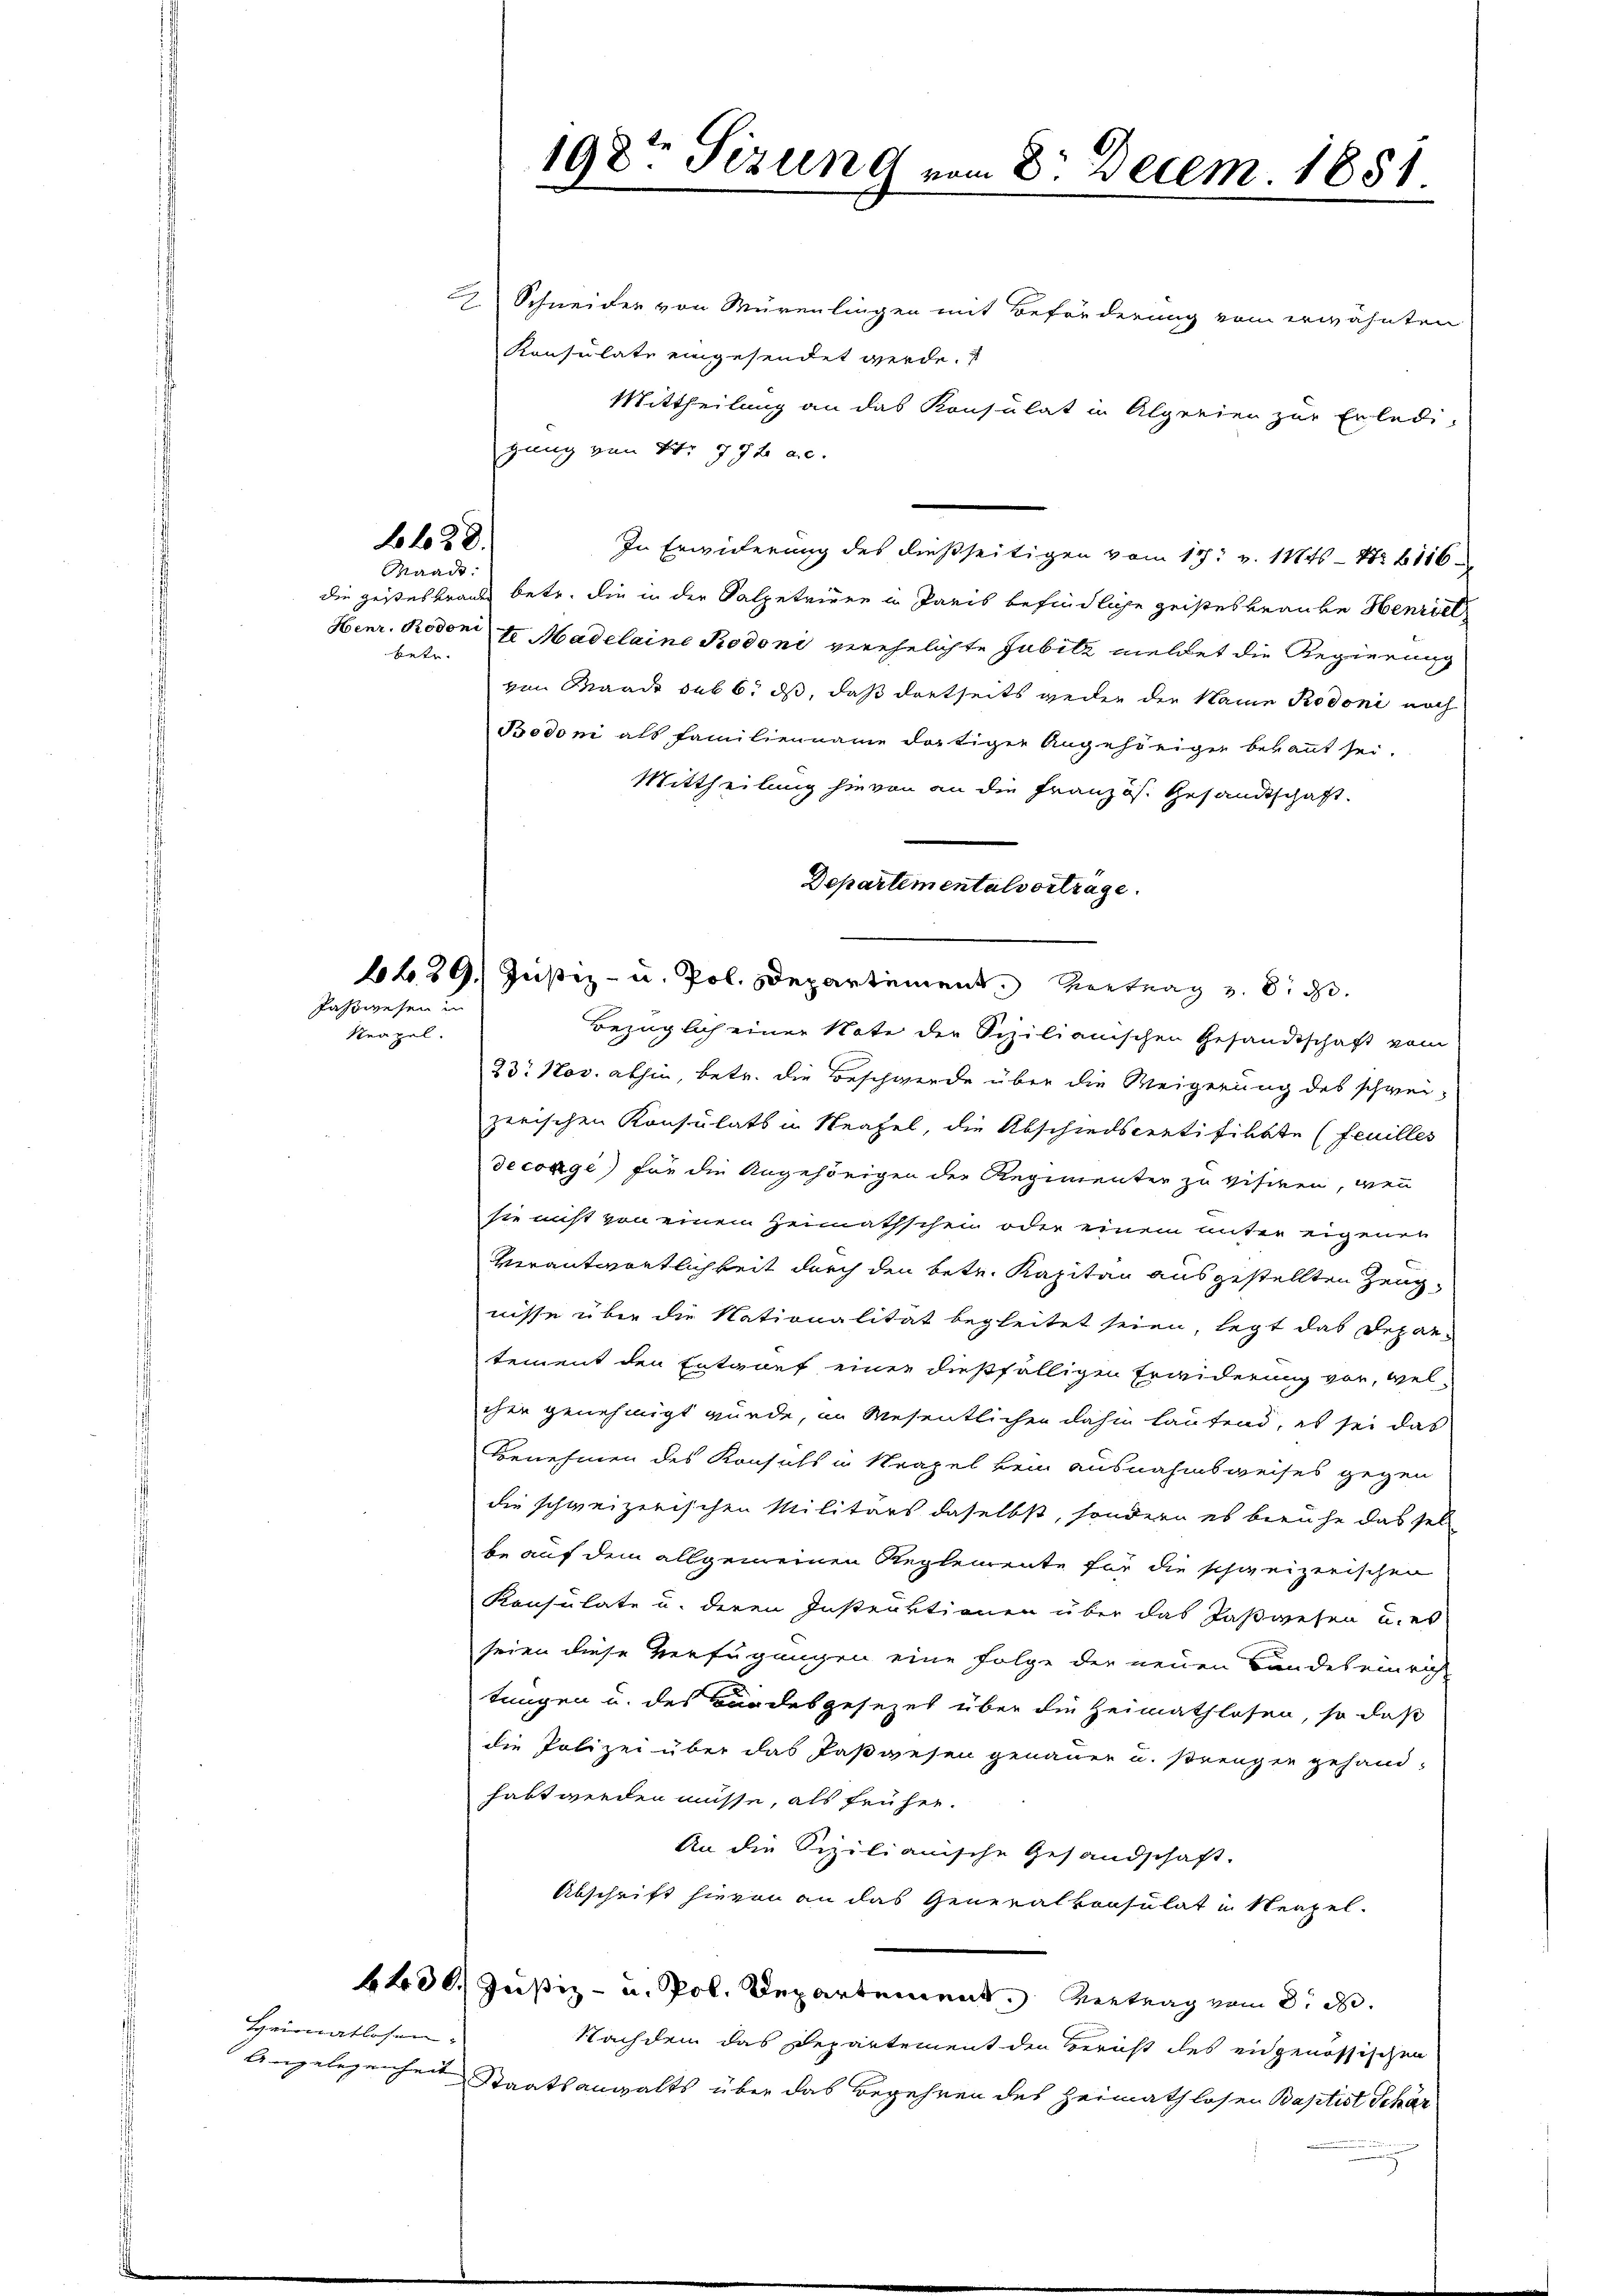
f 628.
Maad:

betr.

Jasswesen in
Neapel.

Heimatlosen-

2 Schneider von Mürenlingen mit Beförderung vom erwähnten
Konsulate eingesendet werde. E
Mittheilung an das Konsulat in Algreien zur Erledi-
gung von Nr 792 a.c.
In Erwiderung des dießseitigen vom 17. v. 1145 - Nr 1116
die geistesbrauen betr. die in der Salpetriere in Paris befindliche geisteskranke Henriet
Henr. Rodoni l. Madelaine Redoni verehelichte Gubitz meldet die Regierung
von Waadt sub 6. ds, daß dortseits geden der Name Rodoni noch
Bedoni als Familienname dortiger Angehörigen bekannt sei.
Mittheilung hievon an die Französ. Gesandtschaft.
629. Justiz- u. Pol. Departement. Vortrag v. 8. d.
Bezüglich einer Note der Sizilianischen Gesandtschaft vom
23. Nov. abhin, betr. die Beschwerde über die Weigerung des schwei-
zerischen Konsulats in Neafel, die Abschiedscertifikate (feuilles
Secongi) für die Angehörigen der Regimenter zu visiren, wenn
sie nicht von einem Heimathschen oder einem unter eigenen
c
Verantwortlichkeit durch den betr. Kapitän ausgestellten Zeugnisse über die Nationalität begleitet seien, legt das Depar-
tement den Entwurf einer dießfälligen Erwiderung vor, wel-
cher genehmigt wurde, im Wesentlichen dahin lautend, es sei das
Benehmen des Konsuls in Krapel kein ausnahmsweises gegen
die schweizerischen Militärs daselbst, sondern es beruhe das sel
be auf dem allgemeinen Reglemente für die schweizerischen
Konsulate u. deren Instruktionen über das Paßwesen u. es
seien diese Verfügungen eine Folge der neuen Bandes einrich
tungen u. des Bundesgesezet über die Heimathlosen, so daß
die Polizei über das Paßwesen genauer u. strengen gehand-
habt werden müsse, als früher.
An die Sizilianische Gesandschaft.
Abschrift hievon an das Generalkonsulat in Neapel-
6430. Justiz- u. Pol. Departement. Vertrag vom 8. d.
Nachdem das Departement den Bericht des eidgenössischen
Angelegenheit Staatsanwalts über das Begehren des Heimathlosen Baptist Schär

198te Sitzung vom 8. Decem. 1881.

Departementalverträge.